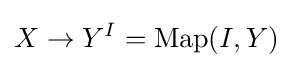
X\to Y^{I}=\operatorname {Map} (I,Y)